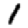
Digit: 1